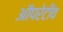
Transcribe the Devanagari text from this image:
ऑपरेटीव